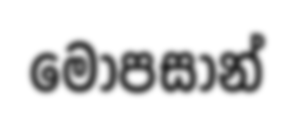
මෝපසාන්